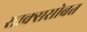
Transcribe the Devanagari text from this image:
साक्ससोबत